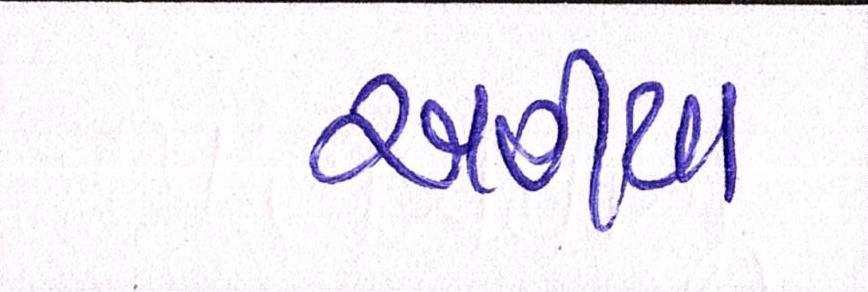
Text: અહીયા